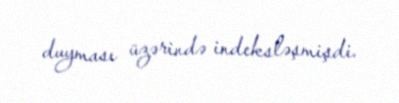
duyması üzərində indeksləşmişdi.